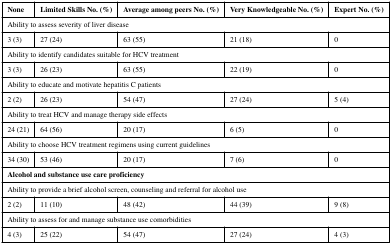
| None | Limited Skills No. (%) | Average among peers No. (%) | Very Knowledgeable No. (%) | Expert No. (%) |
 | --- | --- | --- | --- | --- |
 | <COLSPAN=5> Ability to assess severity of liver disease |
 | 3 (3) | 27 (24) | 63 (55) | 21 (18) | 0 |
 | <COLSPAN=5> Ability to identify candidates suitable for HCV treatment |
 | 3 (3) | 26 (23) | 63 (55) | 22 (19) | 0 |
 | <COLSPAN=5> Ability to educate and motivate hepatitis C patients |
 | 2 (2) | 26 (23) | 54 (47) | 27 (24) | 5 (4) |
 | <COLSPAN=5> Ability to treat HCV and manage therapy side effects |
 | 24 (21) | 64 (56) | 20 (17) | 6 (5) | 0 |
 | <COLSPAN=5> Ability to choose HCV treatment regimens using current guidelines |
 | 34 (30) | 53 (46) | 20 (17) | 7 (6) | 0 |
 | <COLSPAN=5> Alcohol and substance use care proficiency |
 | <COLSPAN=5> Ability to provide a brief alcohol screen, counseling and referral for alcohol use |
 | 2 (2) | 11 (10) | 48 (42) | 44 (39) | 9 (8) |
 | <COLSPAN=5> Ability to assess for and manage substance use comorbidities |
 | 4 (3) | 25 (22) | 54 (47) | 27 (24) | 4 (3) |